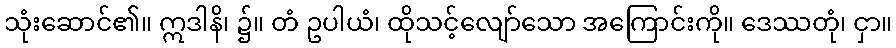
သုံးဆောင်၏။ ဣဒါနိ၊ ၌။ တံ ဥပါယံ၊ ထိုသင့်လျော်သော အကြောင်းကို။ ဒေဿတုံ၊ ငှာ။